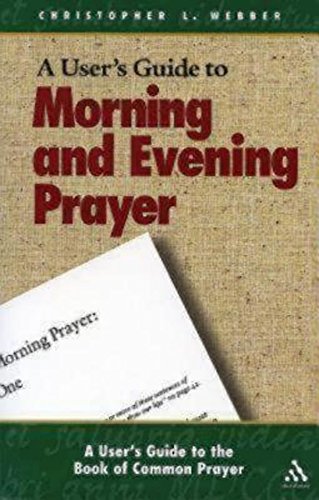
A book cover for A User's Guide to the Book of Common Prayer: Morning and Evening Prayer; Christopher L. Webber; Christian Books & Bibles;